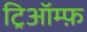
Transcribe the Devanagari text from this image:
ट्रिऑम्फ़